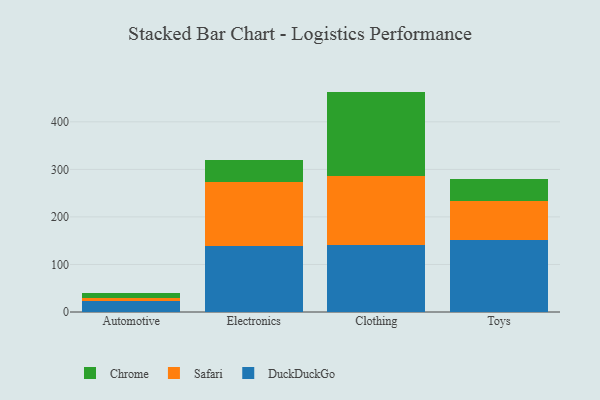
{"axis": {"x": "Category", "y": "LTV (USD)"}, "legend": ["Chrome", "DuckDuckGo", "Safari"], "data": [{"x": "Automotive", "y": 22.7, "type": "DuckDuckGo"}, {"x": "Automotive", "y": 6.1, "type": "Safari"}, {"x": "Automotive", "y": 10.3, "type": "Chrome"}, {"x": "Electronics", "y": 139.3, "type": "DuckDuckGo"}, {"x": "Electronics", "y": 134.1, "type": "Safari"}, {"x": "Electronics", "y": 46.1, "type": "Chrome"}, {"x": "Clothing", "y": 140.4, "type": "DuckDuckGo"}, {"x": "Clothing", "y": 146.4, "type": "Safari"}, {"x": "Clothing", "y": 176.8, "type": "Chrome"}, {"x": "Toys", "y": 150.6, "type": "DuckDuckGo"}, {"x": "Toys", "y": 81.9, "type": "Safari"}, {"x": "Toys", "y": 46.4, "type": "Chrome"}]}